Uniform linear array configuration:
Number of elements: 16
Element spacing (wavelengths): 1
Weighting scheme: hamming
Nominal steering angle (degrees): -30
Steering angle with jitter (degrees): -29.814
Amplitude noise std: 0.05
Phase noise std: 0.05

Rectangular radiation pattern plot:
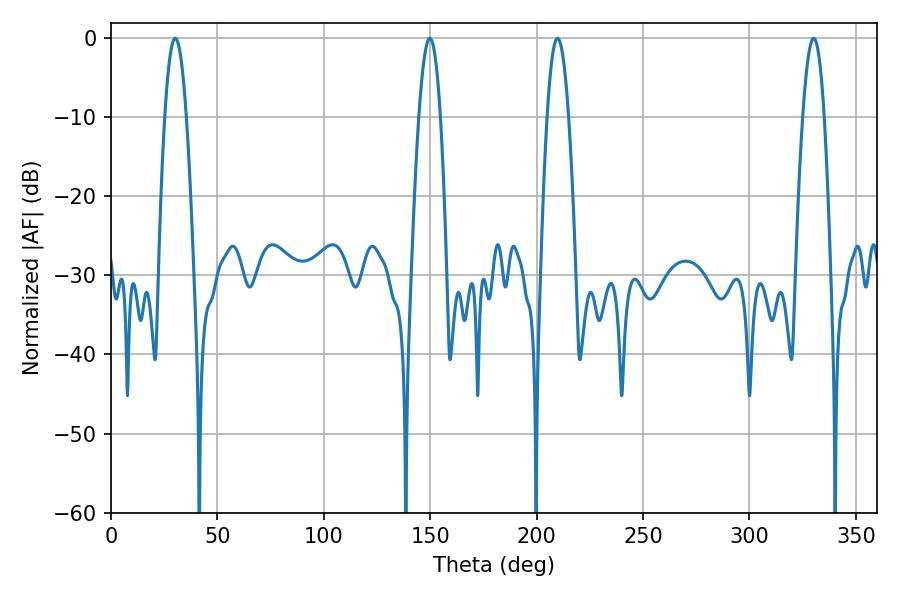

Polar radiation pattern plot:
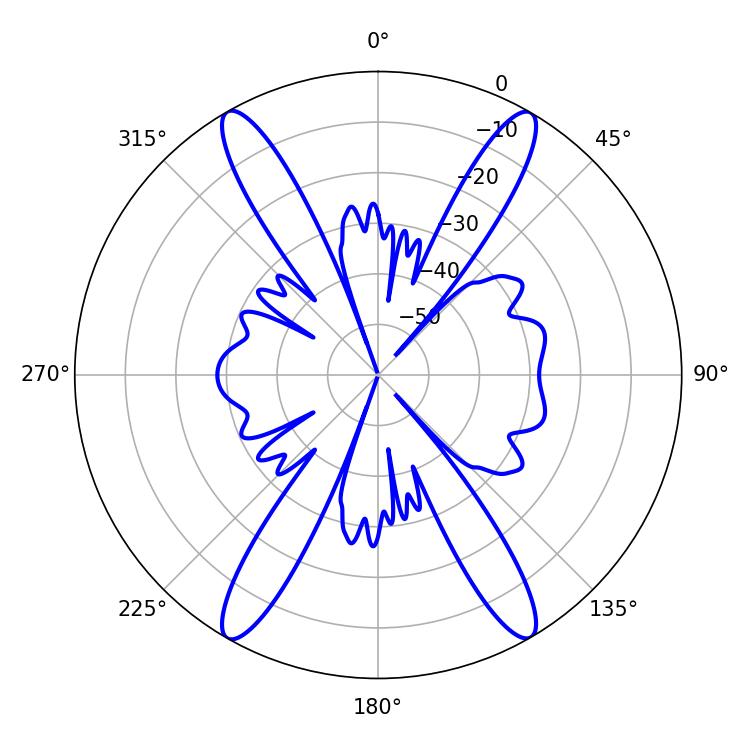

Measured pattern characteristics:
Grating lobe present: TRUE
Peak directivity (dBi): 28.659
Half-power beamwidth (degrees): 5.4
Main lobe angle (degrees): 30.24